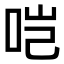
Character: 𫩯